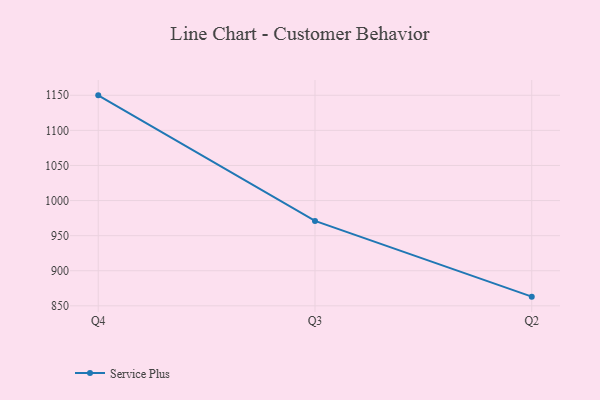
{"axis": {"x": "Quarter", "y": "Latency (ms)"}, "legend": ["Service Plus"], "data": [{"x": "Q4", "y": 1149.9, "type": "Service Plus"}, {"x": "Q3", "y": 971.0, "type": "Service Plus"}, {"x": "Q2", "y": 863.1, "type": "Service Plus"}]}